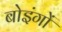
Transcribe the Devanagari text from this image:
बोइंगों